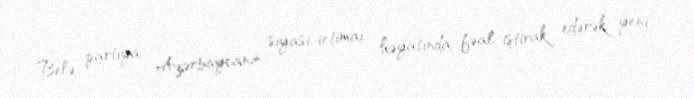
Belə partiya Azərbaycanın siyasi-ictimai həyatında fəal iştirak edərək yeni,